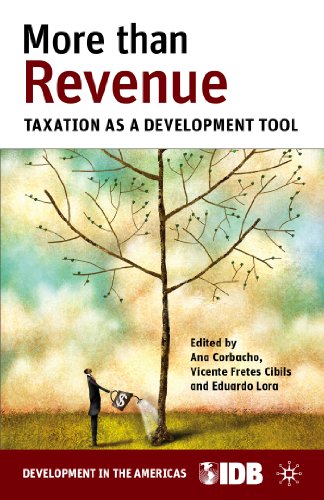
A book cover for More than Revenue: Taxation as a Development Tool (Development in the Americas); Law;